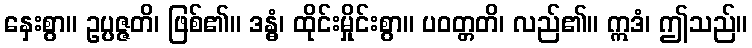
နှေးစွာ။ ဥပ္ပဇ္ဇတိ၊ ဖြစ်၏။ ဒန္ဓံ၊ ထိုင်းမှိုင်းစွာ။ ပဝတ္တတိ၊ လည်၏။ ဣဒံ၊ ဤသည်။